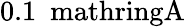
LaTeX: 0.1\ \mathrm{\ mathring{A}}